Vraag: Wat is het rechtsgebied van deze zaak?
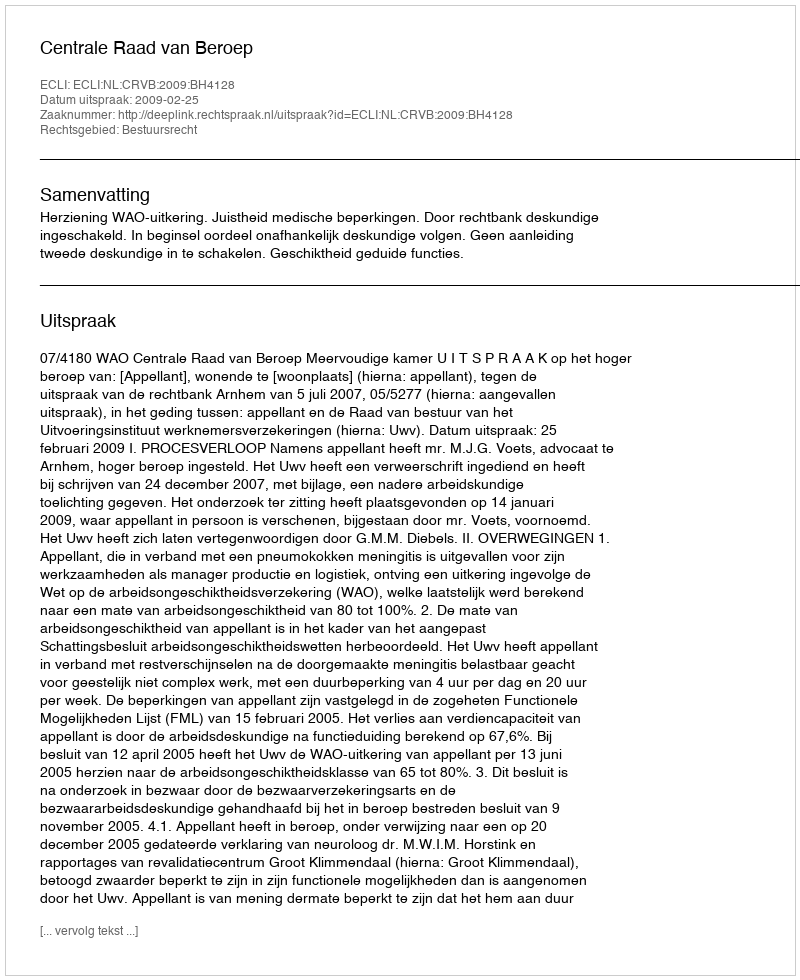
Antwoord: Bestuursrecht